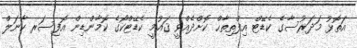
އަތޮޅު މަދަރުސާގެ ކެޑޭޓް އިފްތިތާޙް ކޮށްދެއްވީ ޤައުމީ ކެޑޭޓްކޯގެ ކޮމާންޑިން އޮފިސަރ ކާނަލް